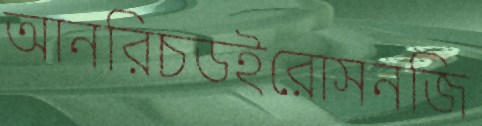
আনরিচডইরোসনজি